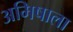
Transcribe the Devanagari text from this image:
अमिषाला